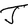
Character: J